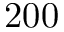
2 0 0